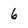
Character: 6